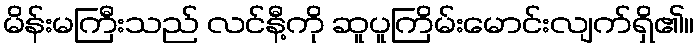
မိန်းမကြီးသည် လင်နီ့ကို ဆူပူကြိမ်းမောင်းလျက်ရှိ၏။